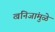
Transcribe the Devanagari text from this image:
खनिजांमुळे